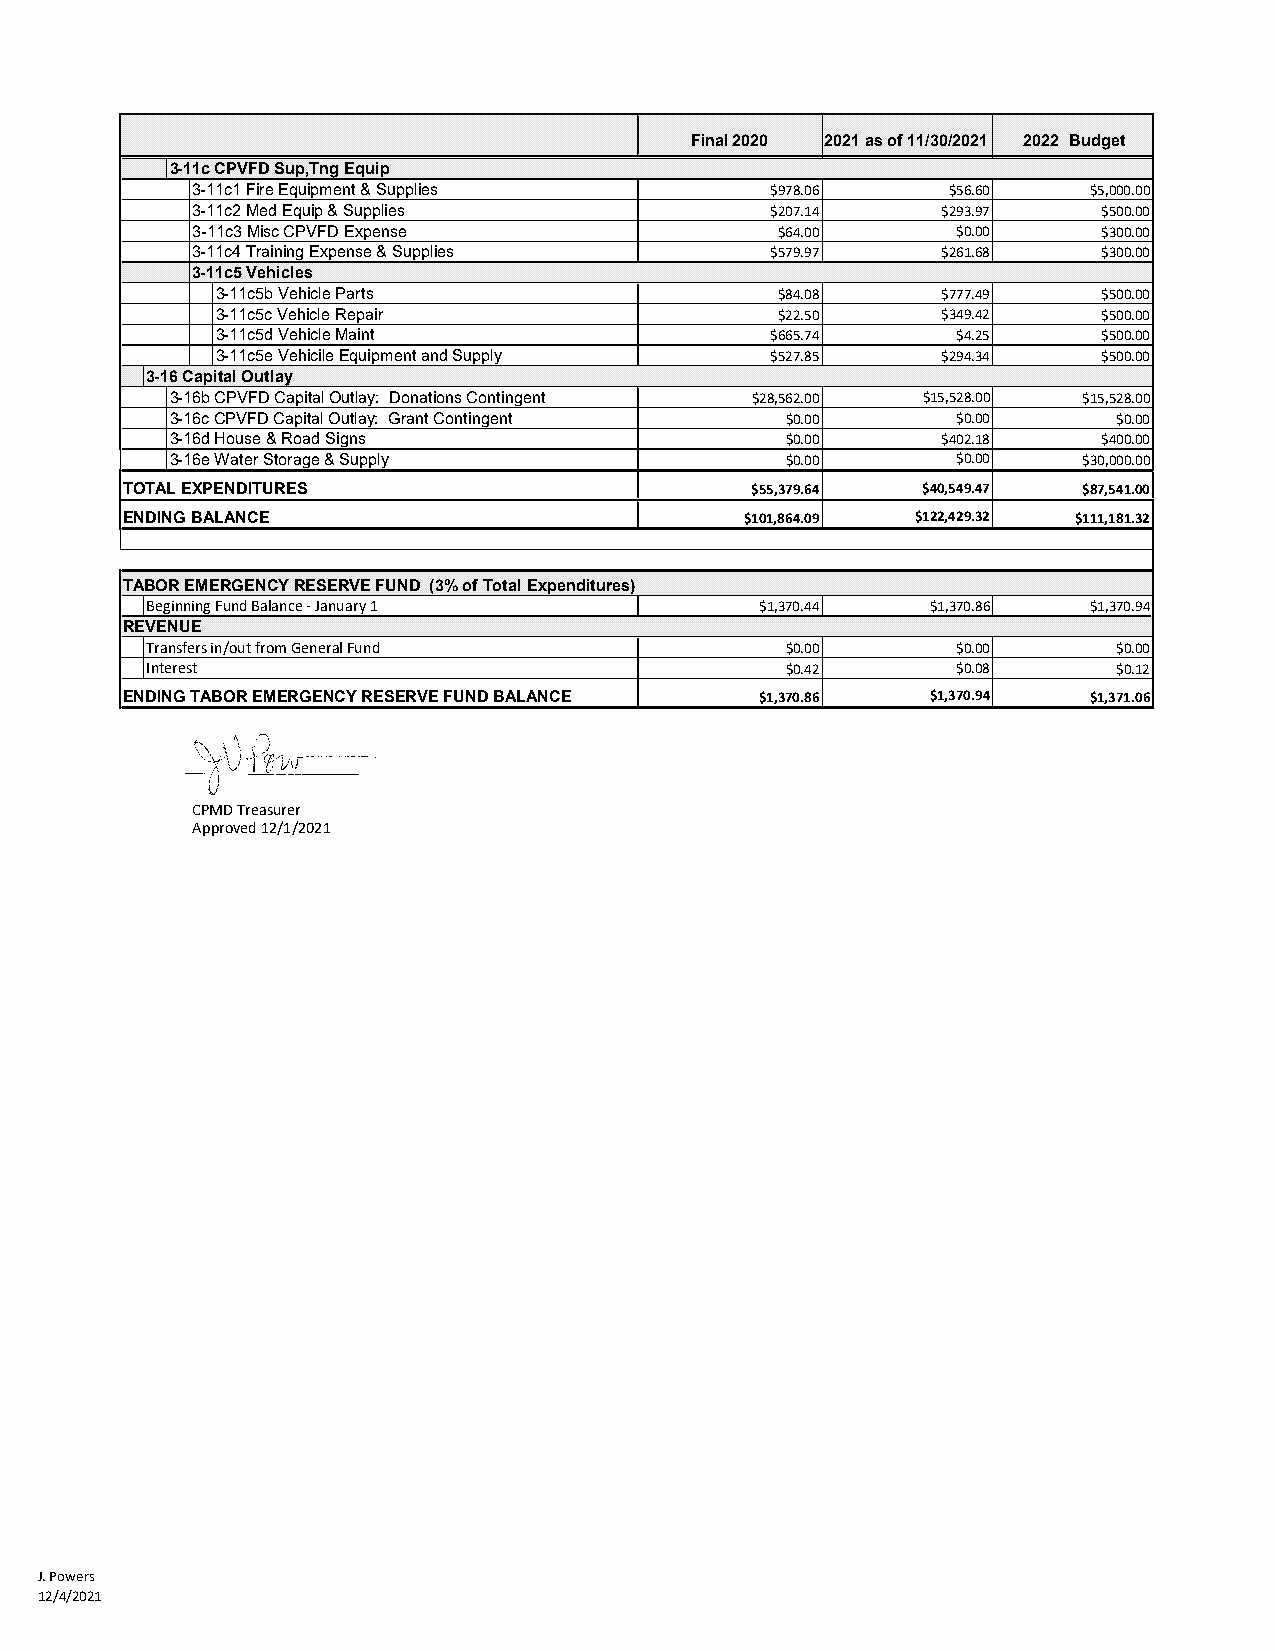
Final 2020 2021 as of 11/30/2021 2022 Budget
 3-11c CPVFD Sup,Tng Equip
 3-11c1 Fire Equipment & Supplies      $978.06     $56.60   $5,000.00
 3-11c2 Med Equip & Supplies           $207.14    $293.97    $500.00
 3-11c3 Misc CPVFD Expense              $64.00     $0.00     $300.00
 3-11c4 Training Expense & Supplies    $579.97    $261.68    $300.00
 3-11c5 Vehicles
 3-11c5b Vehicle Parts                 $84.08    $777.49    $500.00
 3-11c5c Vehicle Repair                $22.50    $349.42    $500.00
 3-11c5d Vehicle Maint                $665.74     $4.25     $500.00
 3-11c5e Vehicile Equipment and Supply $527.85   $294.34    $500.00
 3-16 Capital Outlay
 3-16b CPVFD Capital Outlay: Donations Contingent $28,562.00 $15,528.00 $15,528.00
 3-16c CPVFD Capital Outlay: Grant Contingent $0.00  $0.00      $0.00
 3-16d House & Road Signs                 $0.00     $402.18    $400.00
 3-16e Water Storage & Supply             $0.00      $0.00    $30,000.00
 TOTAL EXPENDITURES                        $55,379.64 $40,549.47 $87,541.00
 ENDING BALANCE                           $101,864.09 $122,429.32 $111,181.32
 TABOR EMERGENCY RESERVE FUND (3% of Total Expenditures)
 Beginning Fund Balance - January 1      $1,370.44   $1,370.86 $1,370.94
 REVENUE
 Transfers in/out from General Fund        $0.00      $0.00      $0.00
 Interest                                  $0.42      $0.08      $0.12
 ENDING TABOR EMERGENCY RESERVE FUND BALANCE $1,370.86 $1,370.94 $1,371.06
 CPMD Treasurer
 Approved 12/1/2021
 J. Powers
 12/4/2021